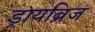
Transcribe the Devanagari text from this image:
ड्रायब्रिज